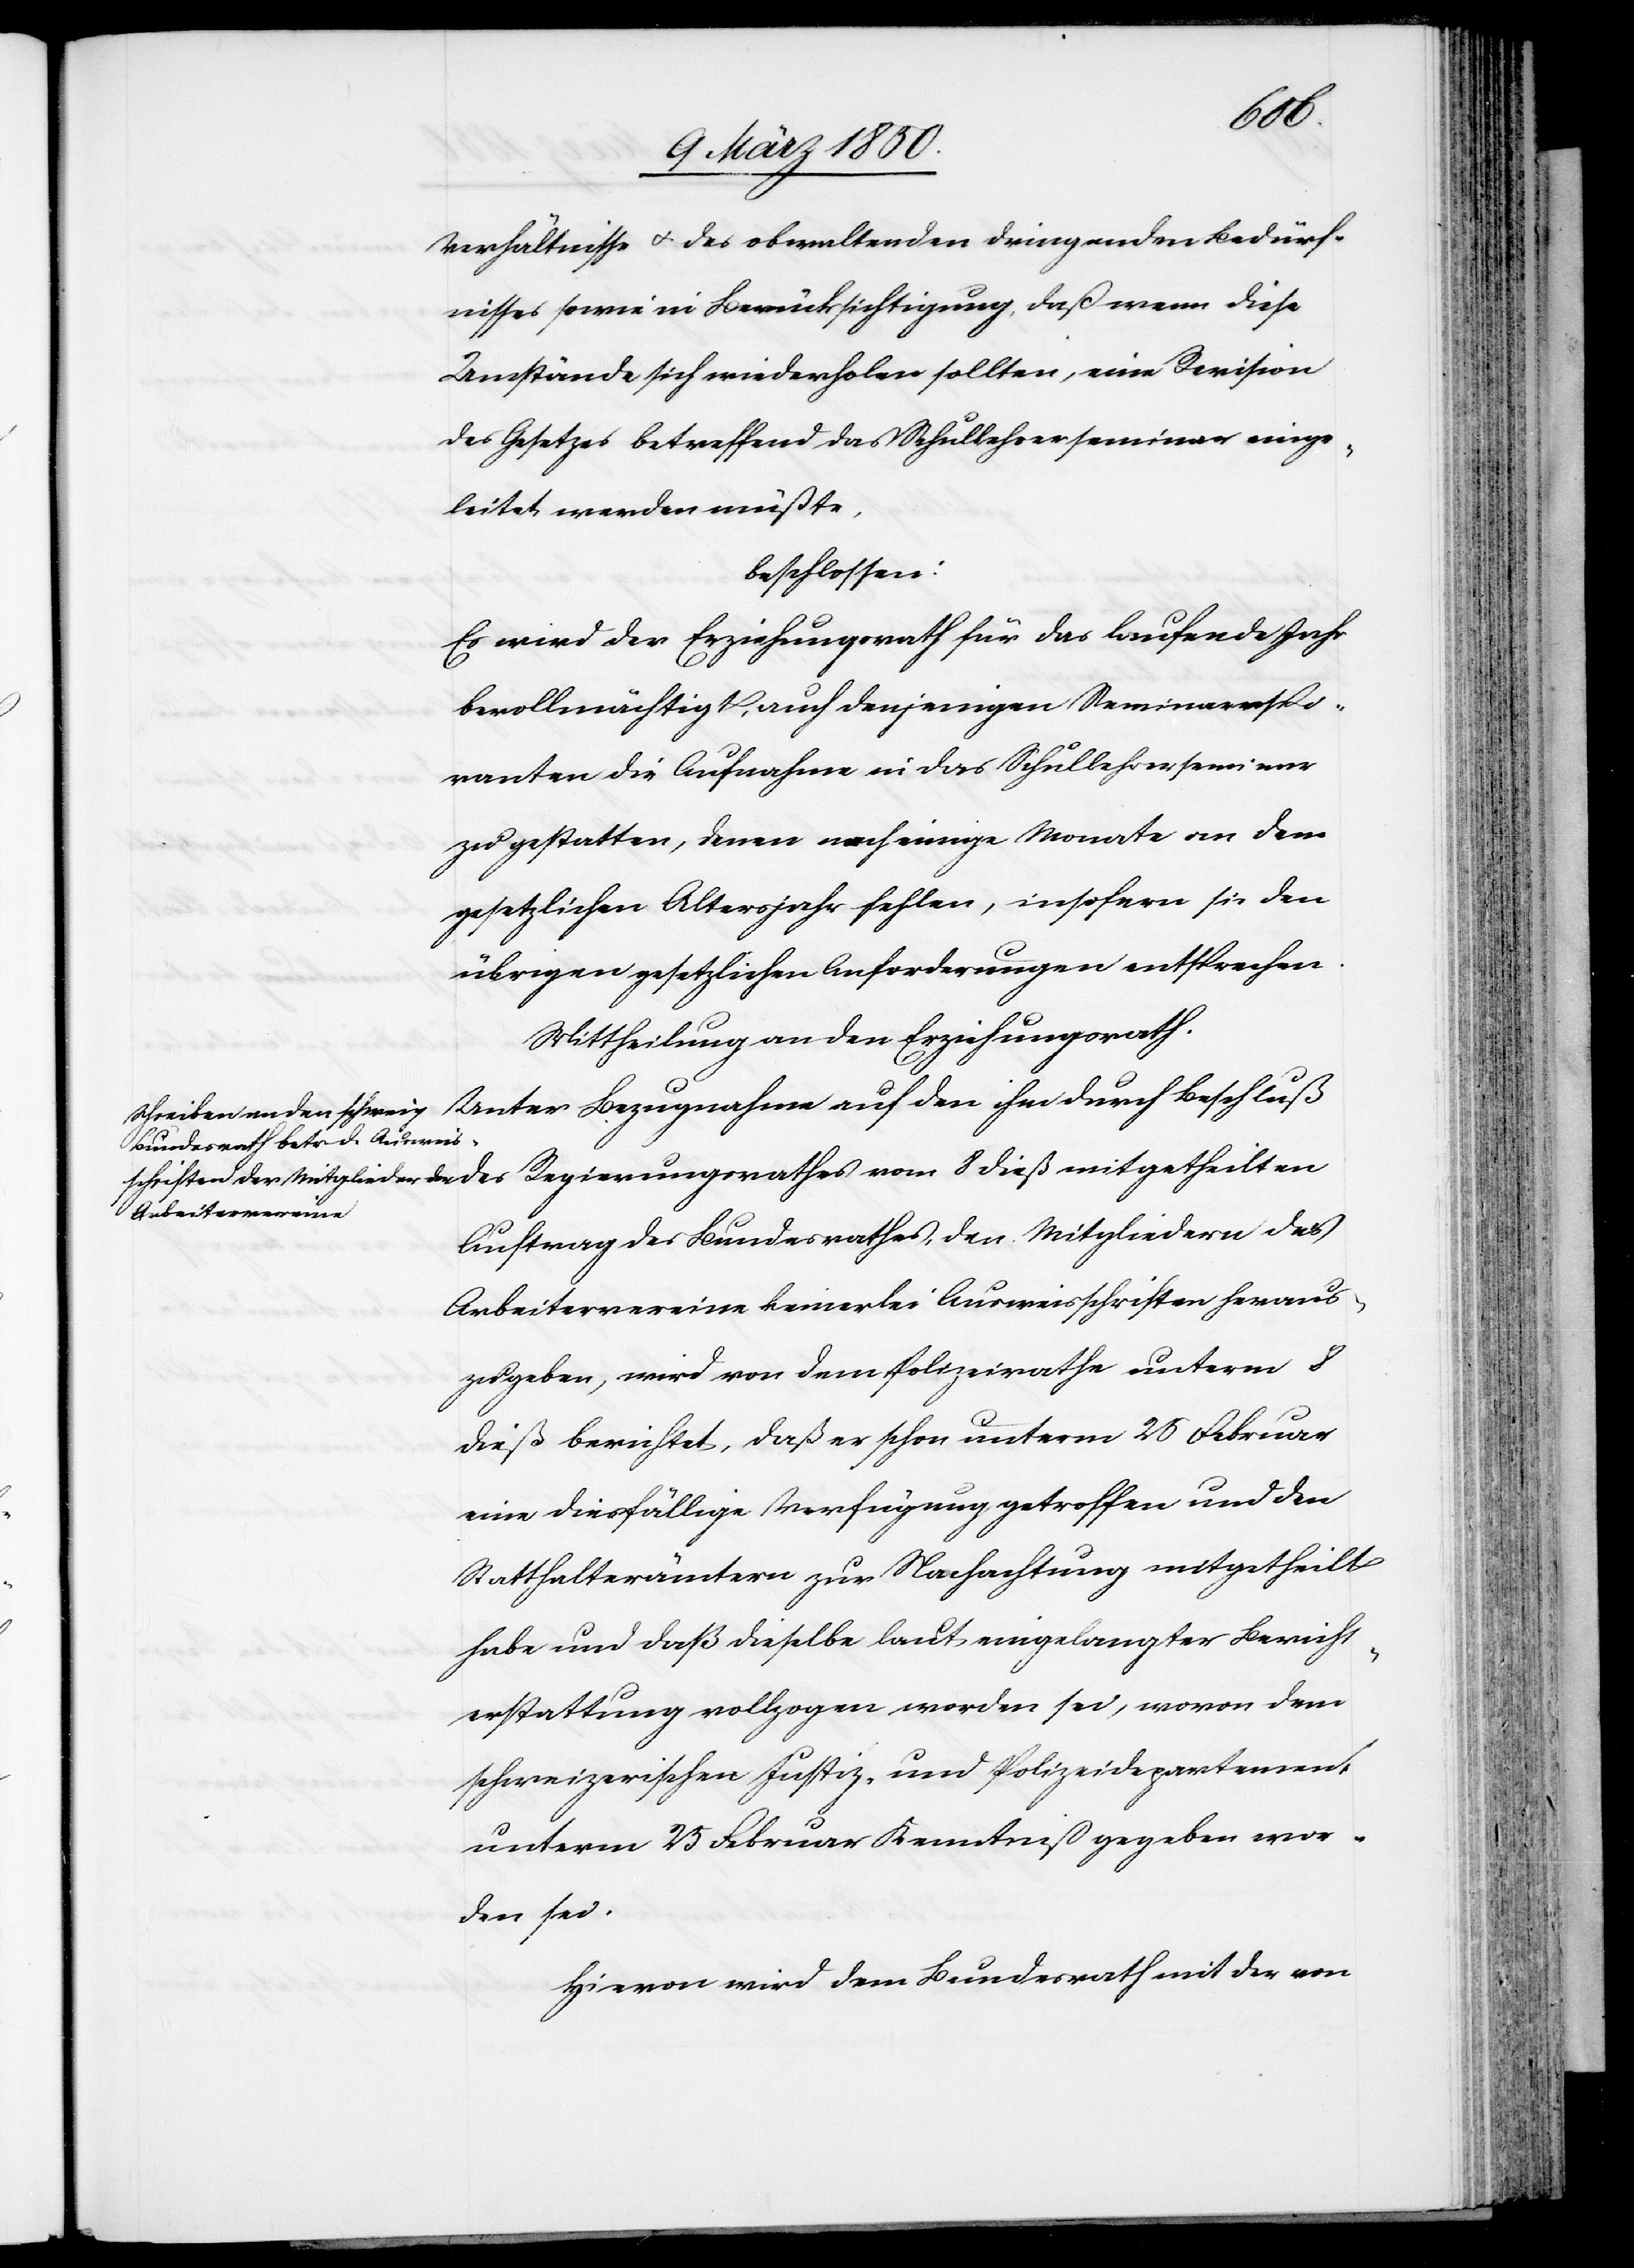
theilten
Verhältnisse u. des obwaltenden dringenden Bedürf¬
nisses sowie in Berücksichtigung, daß wenn diese
Umstände sich wiederholen sollten, eine Revision
des Gesetzes betreffend das Schullehrerseminar einge¬
leitet werden müßte,
beschlossen:
Es wird der Erziehungsrath für das laufende Jahr
bevollmächtigt, auch denjenigen Seminaraspi¬
ranten die Aufnahme in das Schullehrerseminar
zu gestatten, denen noch einige Monate an dem
gesetzlichen Altersjahr fehlen, insofern sie den
übrigen gesetzlichen Anforderungen entsprechen.
Mittheilung an den Erziehungsrath.
Auftrag des Bundesrathes, den Mitgliedern des
Arbeitervereine keinerlei Ausweisschriften heraus¬
zugeben, wird von dem Polizeirathe unterm 8
dieß berichtet, daß er schon unterm 25 Februar
eine diesfällige Verfügung getroffen und den
Statthalterämtern zur Nachachtung mitgetheilt
habe und daß dieselbe laut eingelangter Bericht¬
erstattung vollzogen worden sei, wovon dem
schweizerischen Justiz- und Polizeidepartement
unterm 25 Februar Kenntniß gegeben wor¬
den sei.
Hievon wird dem Bundesrath mit der von